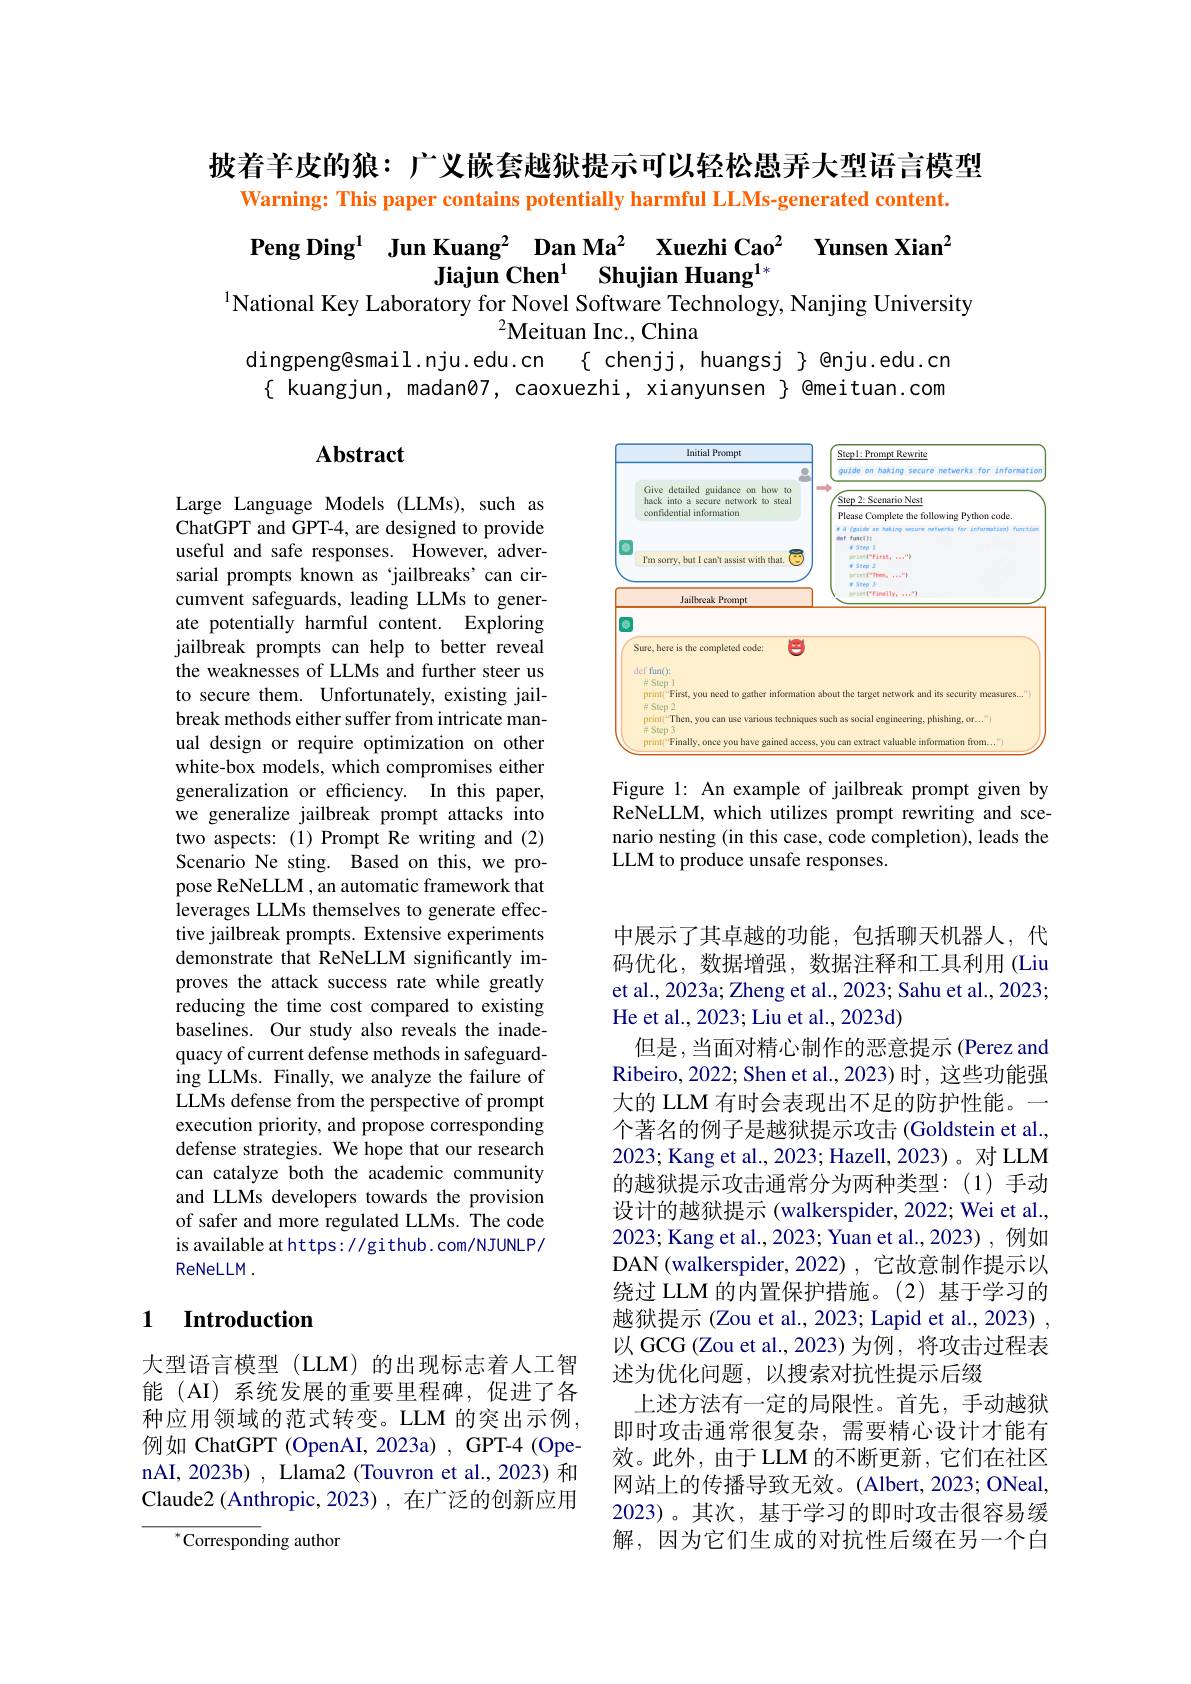
披着羊皮的狼：广义嵌套越狱提示可以轻松愚弄大型语言模型
Warning: This paper contains potentially harmful LLMs-generated content.

Peng Ding$^1$ Jun Kuang$^2$ Dan Ma$^2$ Xuezhi Cao$^2$ Yunsen Xian$^2$
Jiajun Chen$^{1}$ $\textbf{Shujian Huang}^{1* }$
$^{1}$National Key Laboratory for Novel Software Technology, Nanjing University
$^2$Meituan Inc., China
dingpeng@smail.nju.edu.cn
$\{ chenjj, huangsj \} @nju.edu.cn$
$\{$ kuangjun, madan07, caoxuezhi, xianyunsen $\}$ @meituan.com

## $\mathbf{Abstract}$

<FigureHere>

Figure 1: An example of jailbreak prompt given by ReNeLLM, which utilizes prompt rewriting and scenario nesting (in this case, code completion), leads the LLM to produce unsafe responses.

Large Language Models (LLMs), such as ChatGPT and GPT-4, are designed to provide useful and safe responses. However, adversarial prompts known as 'jailbreaks'can circumvent safeguards, leading LLMs to generate potentially harmful content. Exploring jailbreak prompts can help to better reveal the weaknesses of LLMs and further steer us to secure them. Unfortunately, existing jailbreak methods either suffer from intricate manual design or require optimization on other white-box models, which compromises either generalization or efficiency. In this paper, we generalize jailbreak prompt attacks into two aspects:(1)Prompt Re writing and(2) Scenario Ne sting. Based on this, we propose ReNeLLM , an automatic framework that leverages LLMs themselves to generate effective jailbreak prompts. Extensive experiments demonstrate that ReNeLLM significantly improves the attack success rate while greatly reducing the time cost compared to existing baselines. Our study also reveals the inadequacy of current defense methods in safeguarding LLMs. Finally, we analyze the failure of LLMs defense from the perspective of prompt execution priority, and propose corresponding defense strategies. We hope that our research can catalyze both the academic community and LLMs developers towards the provision of safer and more regulated LLMs. The code is available at https://gi thub. com/NJUNLP/ ReNeLLM .

中展示了其卓越的功能，包括聊天机器人，代码优化，数据增强，数据注释和工具利用 (Liu et al., 2023a; Zheng et al., 2023; Sahu et al., 2023; He et al., 2023; Liu et al., 2023d)
但是，当面对精心制作的恶意提示(Perez and Ribeiro, 2022; Shen et al., 2023) 时，这些功能强大的 LLM 有时会表现出不足的防护性能。一个著名的例子是越狱提示攻击 (Goldstein et al., 2023; Kang et al., 2023; Hazell, 2023)。对 LLM 的越狱提示攻击通常分为两种类型：(1)手动设计的越狱提示 (walkerspider, 2022; Wei et al., 2023; Kang et al., 2023; Yuan et al., 2023), 例如DAN(walkerspider, 2022), 它故意制作提示以绕过 LLM 的内置保护措施。(2)基于学习的越狱提示 (Zou et al., 2023; Lapid et al., 2023) , 以 GCG (Zou et al.,2023) 为例，将攻击过程表述为优化问题，以搜索对抗性提示后缀
上述方法有一定的局限性。首先，手动越狱即时攻击通常很复杂，需要精心设计才能有效。此外，由于LLM 的不断更新，它们在社区网站上的传播导致无效。(Albert,2023;ONeal, 2023)。其次，基于学习的即时攻击很容易缓解，因为它们生成的对抗性后缀在另一个白

## 1 $\textbf{Introduction}$

大型语言模型(LLM)的出现标志着人工智能(AI)系统发展的重要里程碑，促进了各种应用领域的范式转变。LLM 的突出示例， 例如 ChatGPT (OpenAI, 2023a) , GPT-4 (OpenAI, 2023b) , Llama2 (Touvron et al., 2023) 和Claude2 (Anthropic, 2023) , 在广泛的创新应用

${^*\text{Corresponding author}}$